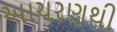
આચરણથી